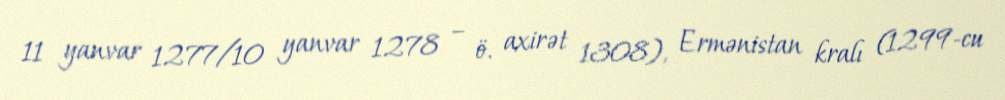
11 yanvar 1277/10 yanvar 1278 – ö. axirət 1308), Ermənistan kralı (1299-cu